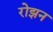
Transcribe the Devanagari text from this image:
रोझन